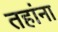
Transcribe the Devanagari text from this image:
तहांना